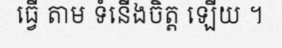
ធ្វើ តាម ទំនើងចិត្ត ឡើយ ។